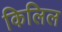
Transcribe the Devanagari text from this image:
किलिल